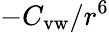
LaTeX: -C_{\mathrm{vw}}/r^{6}